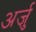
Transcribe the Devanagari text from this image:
अर्जु